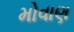
મોવાણ